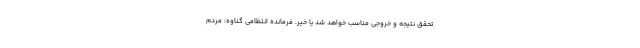
تحقق نتیجه و خروجی مناسب خواهد شد یا خیر. فرمانده انتظامی گناوه: مردم